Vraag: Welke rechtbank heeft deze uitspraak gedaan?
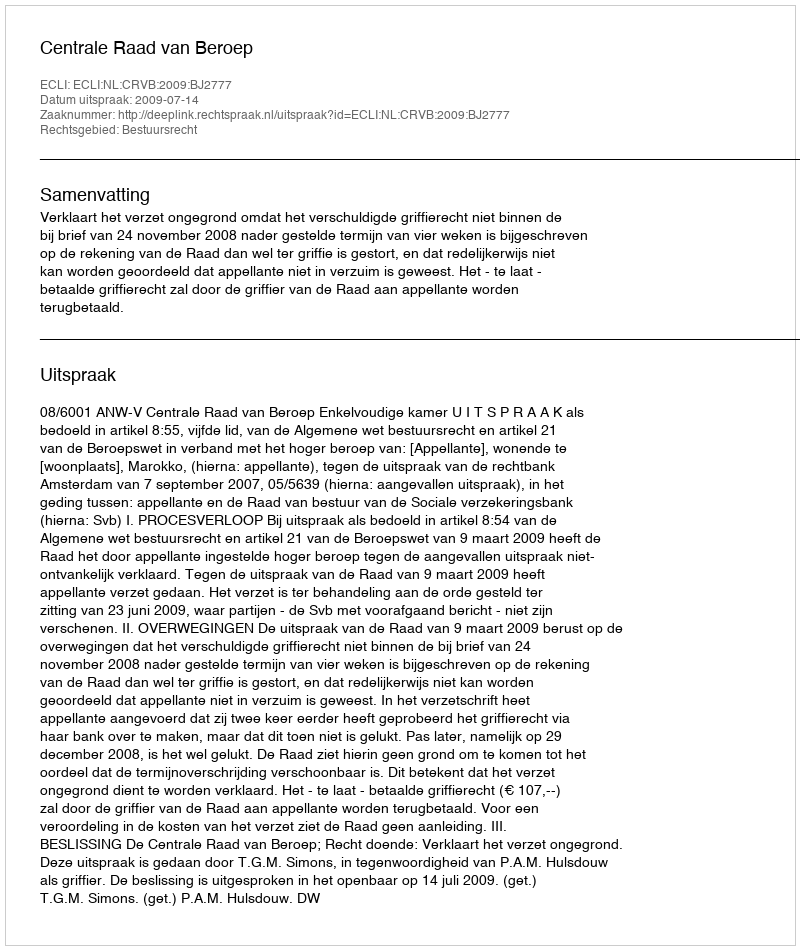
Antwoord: Centrale Raad van Beroep